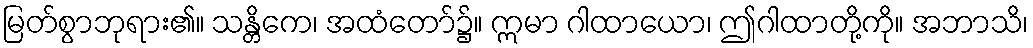
မြတ်စွာဘုရား၏။ သန္တိကေ၊ အထံတော်၌။ ဣမာ ဂါထာယော၊ ဤဂါထာတို့ကို။ အဘာသိ၊